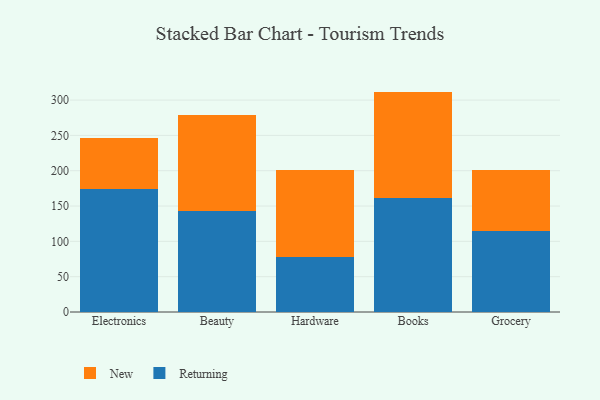
{"axis": {"x": "Category", "y": "Churn Rate (%)"}, "legend": ["New", "Returning"], "data": [{"x": "Electronics", "y": 174.2, "type": "Returning"}, {"x": "Electronics", "y": 71.7, "type": "New"}, {"x": "Beauty", "y": 142.6, "type": "Returning"}, {"x": "Beauty", "y": 135.7, "type": "New"}, {"x": "Hardware", "y": 77.7, "type": "Returning"}, {"x": "Hardware", "y": 123.4, "type": "New"}, {"x": "Books", "y": 161.7, "type": "Returning"}, {"x": "Books", "y": 150.3, "type": "New"}, {"x": "Grocery", "y": 114.8, "type": "Returning"}, {"x": "Grocery", "y": 86.6, "type": "New"}]}